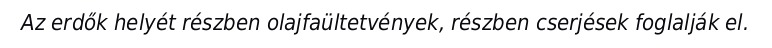
Az erdők helyét részben olajfaültetvények, részben cserjések foglalják el.